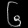
Digit: ၆